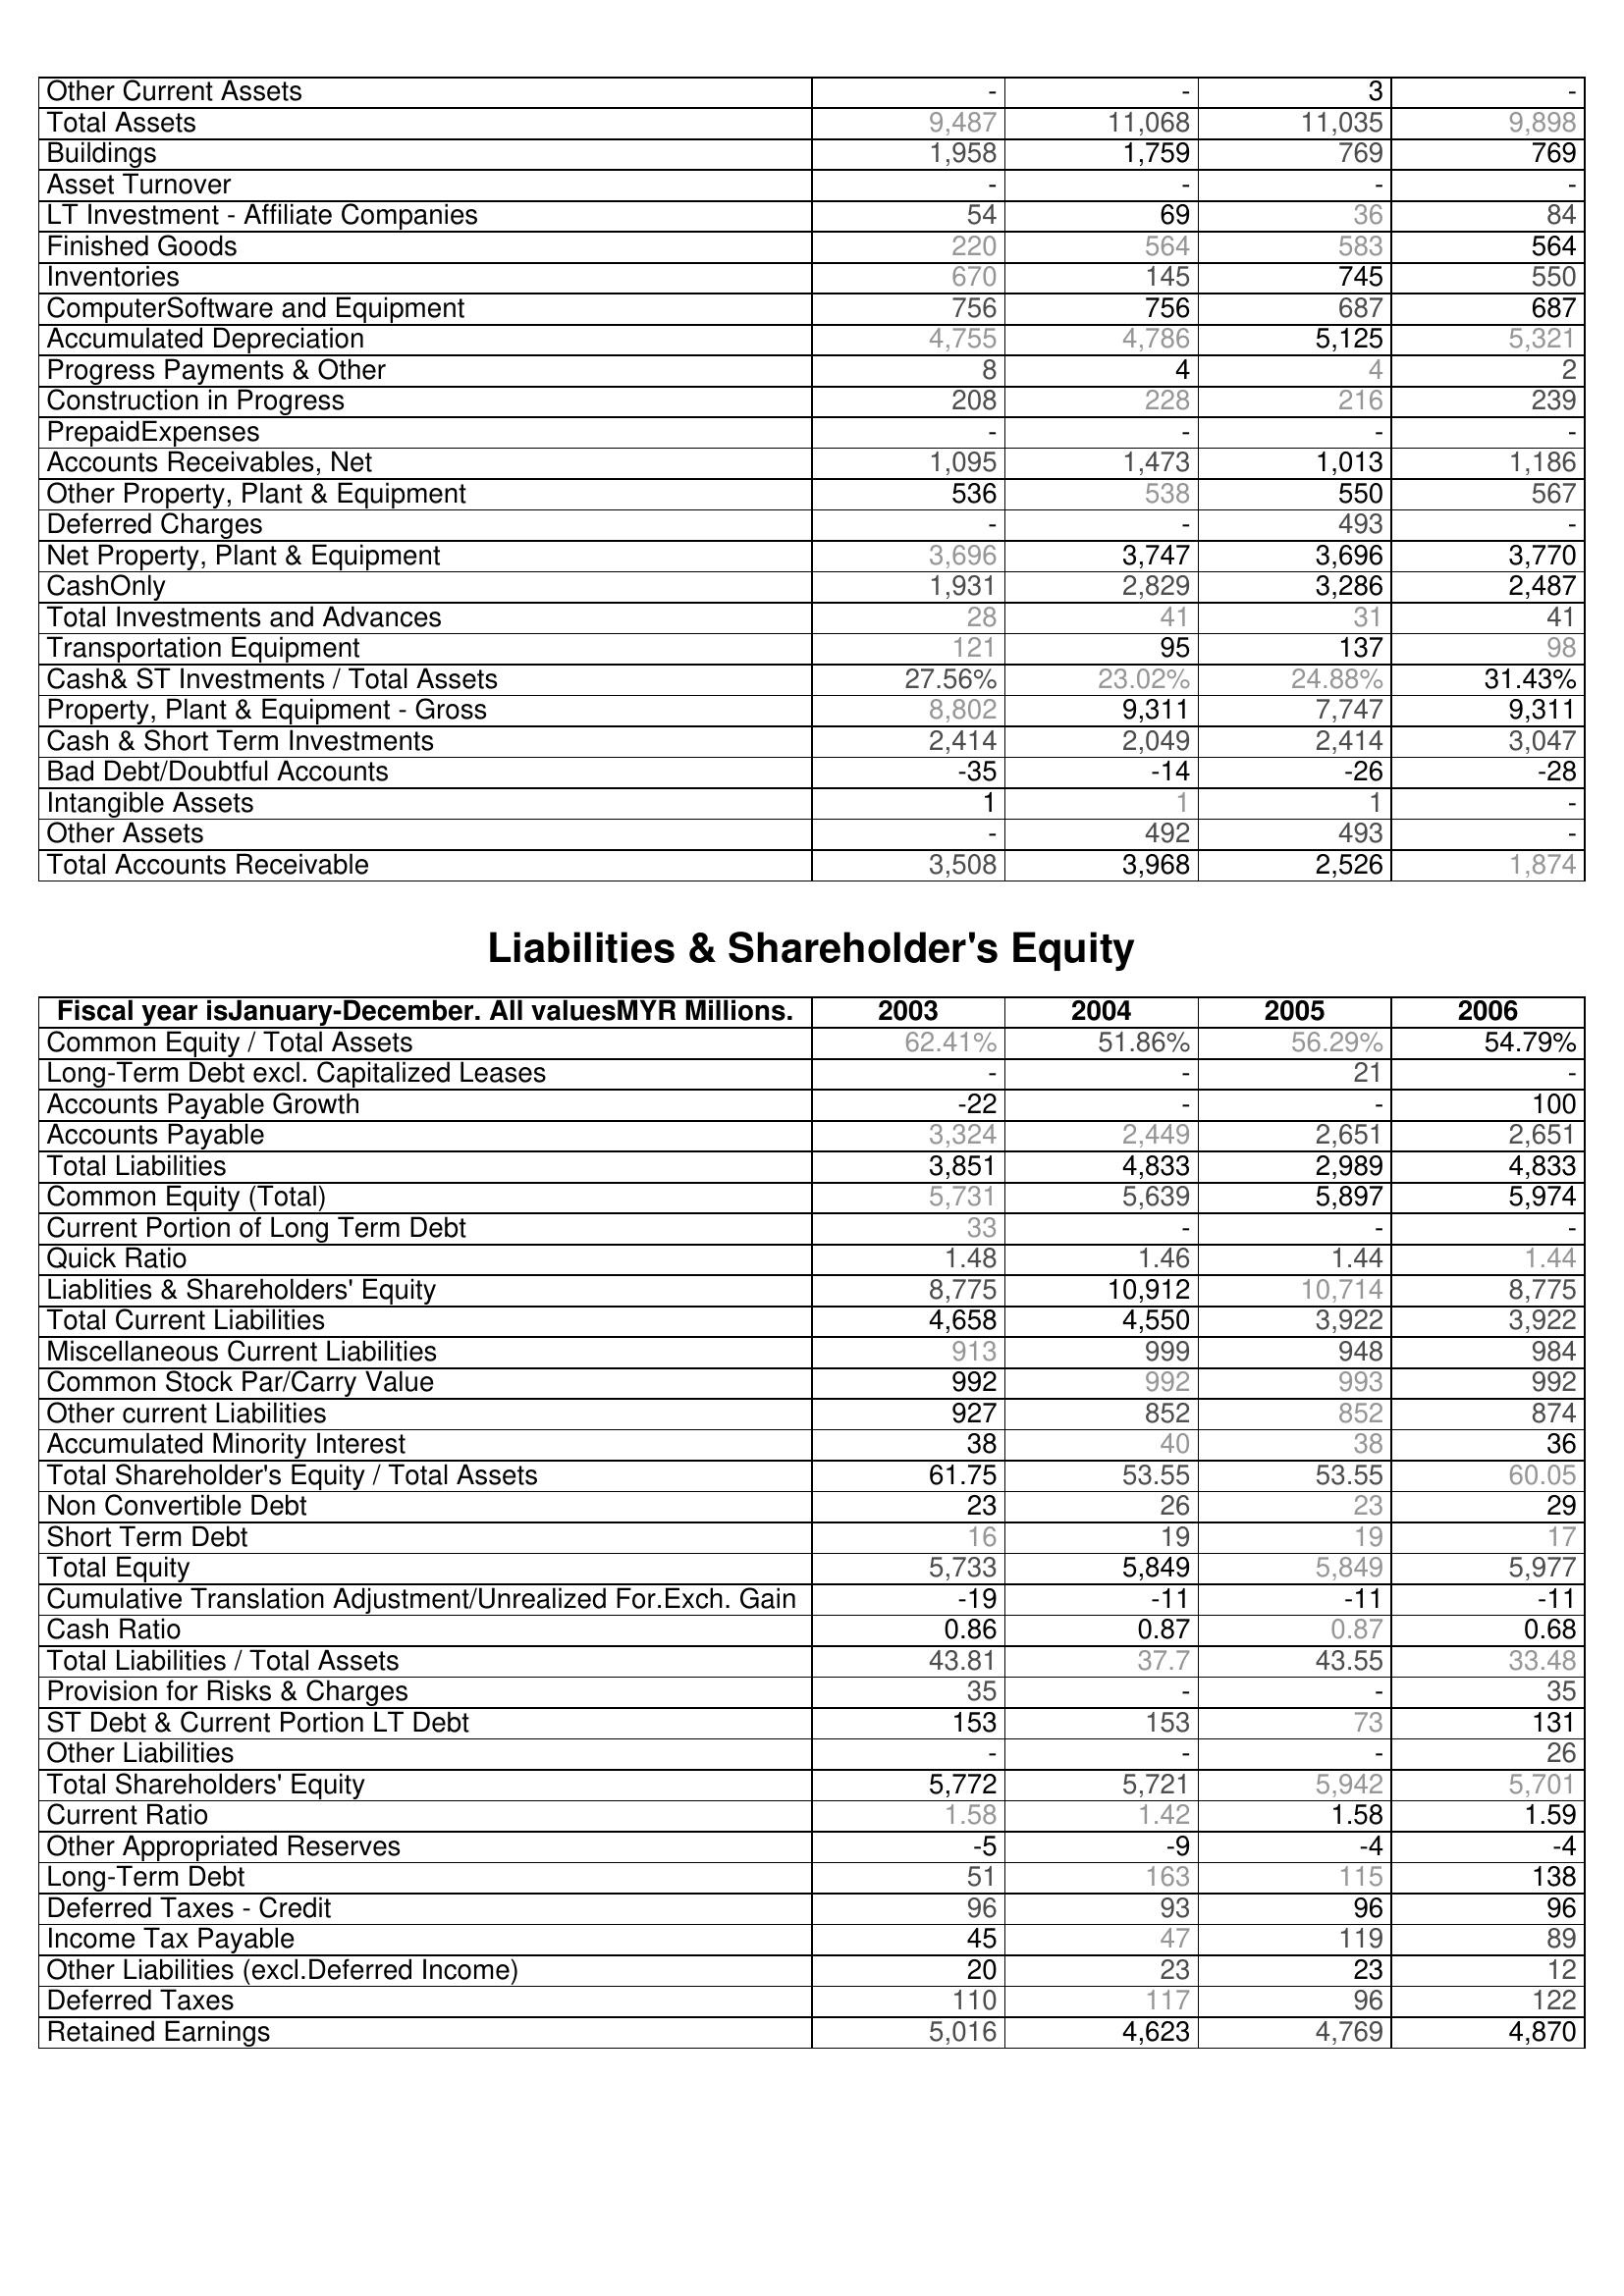
2003: Assets: Other Current Assets: -
Total Assets: 9,487
Buildings: 1,958
Asset Turnover: -
LT Investment - Affiliate Companies: 54
Finished Goods: 220
Inventories: 670
ComputerSoftware and Equipment: 756
Accumulated Depreciation: 4,755
Progress Payments & Other: 8
Construction in Progress: 208
PrepaidExpenses: -
Accounts Receivables, Net: 1,095
Other Property, Plant & Equipment: 536
Deferred Charges: -
Net Property, Plant & Equipment: 3,696
CashOnly: 1,931
Total Investments and Advances: 28
Transportation Equipment: 121
Cash& ST Investments / Total Assets: 27.56%
Property, Plant & Equipment - Gross : 8,802
Cash & Short Term Investments: 2,414
Bad Debt/Doubtful Accounts: -35
Intangible Assets: 1
Other Assets: -
Total Accounts Receivable: 3,508
Liabilities & Shareholder's Equity: Common Equity / Total Assets: 62.41%
Long-Term Debt excl. Capitalized Leases: -
Accounts Payable Growth: -22
Accounts Payable: 3,324
Total Liabilities: 3,851
Common Equity (Total): 5,731
Current Portion of Long Term Debt: 33
Quick Ratio: 1.48
Liablities & Shareholders' Equity: 8,775
Total Current Liabilities: 4,658
Miscellaneous Current Liabilities: 913
Common Stock Par/Carry Value: 992
Other current Liabilities: 927
Accumulated Minority Interest: 38
Total Shareholder's Equity / Total Assets: 61.75
Non Convertible Debt: 23
Short Term Debt: 16
Total Equity: 5,733
Cumulative Translation Adjustment/Unrealized For.Exch. Gain: -19
Cash Ratio: 0.86
Total Liabilities / Total Assets: 43.81
Provision for Risks & Charges: 35
ST Debt & Current Portion LT Debt: 153
Other Liabilities: -
Total Shareholders' Equity: 5,772
Current Ratio: 1.58
Other Appropriated Reserves: -5
Long-Term Debt: 51
Deferred Taxes - Credit: 96
Income Tax Payable: 45
Other Liabilities (excl.Deferred Income): 20
Deferred Taxes: 110
Retained Earnings: 5,016
2004: Assets: Other Current Assets: -
Total Assets: 11,068
Buildings: 1,759
Asset Turnover: -
LT Investment - Affiliate Companies: 69
Finished Goods: 564
Inventories: 145
ComputerSoftware and Equipment: 756
Accumulated Depreciation: 4,786
Progress Payments & Other: 4
Construction in Progress: 228
PrepaidExpenses: -
Accounts Receivables, Net: 1,473
Other Property, Plant & Equipment: 538
Deferred Charges: -
Net Property, Plant & Equipment: 3,747
CashOnly: 2,829
Total Investments and Advances: 41
Transportation Equipment: 95
Cash& ST Investments / Total Assets: 23.02%
Property, Plant & Equipment - Gross : 9,311
Cash & Short Term Investments: 2,049
Bad Debt/Doubtful Accounts: -14
Intangible Assets: 1
Other Assets: 492
Total Accounts Receivable: 3,968
Liabilities & Shareholder's Equity: Common Equity / Total Assets: 51.86%
Long-Term Debt excl. Capitalized Leases: -
Accounts Payable Growth: -
Accounts Payable: 2,449
Total Liabilities: 4,833
Common Equity (Total): 5,639
Current Portion of Long Term Debt: -
Quick Ratio: 1.46
Liablities & Shareholders' Equity: 10,912
Total Current Liabilities: 4,550
Miscellaneous Current Liabilities: 999
Common Stock Par/Carry Value: 992
Other current Liabilities: 852
Accumulated Minority Interest: 40
Total Shareholder's Equity / Total Assets: 53.55
Non Convertible Debt: 26
Short Term Debt: 19
Total Equity: 5,849
Cumulative Translation Adjustment/Unrealized For.Exch. Gain: -11
Cash Ratio: 0.87
Total Liabilities / Total Assets: 37.7
Provision for Risks & Charges: -
ST Debt & Current Portion LT Debt: 153
Other Liabilities: -
Total Shareholders' Equity: 5,721
Current Ratio: 1.42
Other Appropriated Reserves: -9
Long-Term Debt: 163
Deferred Taxes - Credit: 93
Income Tax Payable: 47
Other Liabilities (excl.Deferred Income): 23
Deferred Taxes: 117
Retained Earnings: 4,623
2005: Assets: Other Current Assets: 3
Total Assets: 11,035
Buildings: 769
Asset Turnover: -
LT Investment - Affiliate Companies: 36
Finished Goods: 583
Inventories: 745
ComputerSoftware and Equipment: 687
Accumulated Depreciation: 5,125
Progress Payments & Other: 4
Construction in Progress: 216
PrepaidExpenses: -
Accounts Receivables, Net: 1,013
Other Property, Plant & Equipment: 550
Deferred Charges: 493
Net Property, Plant & Equipment: 3,696
CashOnly: 3,286
Total Investments and Advances: 31
Transportation Equipment: 137
Cash& ST Investments / Total Assets: 24.88%
Property, Plant & Equipment - Gross : 7,747
Cash & Short Term Investments: 2,414
Bad Debt/Doubtful Accounts: -26
Intangible Assets: 1
Other Assets: 493
Total Accounts Receivable: 2,526
Liabilities & Shareholder's Equity: Common Equity / Total Assets: 56.29%
Long-Term Debt excl. Capitalized Leases: 21
Accounts Payable Growth: -
Accounts Payable: 2,651
Total Liabilities: 2,989
Common Equity (Total): 5,897
Current Portion of Long Term Debt: -
Quick Ratio: 1.44
Liablities & Shareholders' Equity: 10,714
Total Current Liabilities: 3,922
Miscellaneous Current Liabilities: 948
Common Stock Par/Carry Value: 993
Other current Liabilities: 852
Accumulated Minority Interest: 38
Total Shareholder's Equity / Total Assets: 53.55
Non Convertible Debt: 23
Short Term Debt: 19
Total Equity: 5,849
Cumulative Translation Adjustment/Unrealized For.Exch. Gain: -11
Cash Ratio: 0.87
Total Liabilities / Total Assets: 43.55
Provision for Risks & Charges: -
ST Debt & Current Portion LT Debt: 73
Other Liabilities: -
Total Shareholders' Equity: 5,942
Current Ratio: 1.58
Other Appropriated Reserves: -4
Long-Term Debt: 115
Deferred Taxes - Credit: 96
Income Tax Payable: 119
Other Liabilities (excl.Deferred Income): 23
Deferred Taxes: 96
Retained Earnings: 4,769
2006: Assets: Other Current Assets: -
Total Assets: 9,898
Buildings: 769
Asset Turnover: -
LT Investment - Affiliate Companies: 84
Finished Goods: 564
Inventories: 550
ComputerSoftware and Equipment: 687
Accumulated Depreciation: 5,321
Progress Payments & Other: 2
Construction in Progress: 239
PrepaidExpenses: -
Accounts Receivables, Net: 1,186
Other Property, Plant & Equipment: 567
Deferred Charges: -
Net Property, Plant & Equipment: 3,770
CashOnly: 2,487
Total Investments and Advances: 41
Transportation Equipment: 98
Cash& ST Investments / Total Assets: 31.43%
Property, Plant & Equipment - Gross : 9,311
Cash & Short Term Investments: 3,047
Bad Debt/Doubtful Accounts: -28
Intangible Assets: -
Other Assets: -
Total Accounts Receivable: 1,874
Liabilities & Shareholder's Equity: Common Equity / Total Assets: 54.79%
Long-Term Debt excl. Capitalized Leases: -
Accounts Payable Growth: 100
Accounts Payable: 2,651
Total Liabilities: 4,833
Common Equity (Total): 5,974
Current Portion of Long Term Debt: -
Quick Ratio: 1.44
Liablities & Shareholders' Equity: 8,775
Total Current Liabilities: 3,922
Miscellaneous Current Liabilities: 984
Common Stock Par/Carry Value: 992
Other current Liabilities: 874
Accumulated Minority Interest: 36
Total Shareholder's Equity / Total Assets: 60.05
Non Convertible Debt: 29
Short Term Debt: 17
Total Equity: 5,977
Cumulative Translation Adjustment/Unrealized For.Exch. Gain: -11
Cash Ratio: 0.68
Total Liabilities / Total Assets: 33.48
Provision for Risks & Charges: 35
ST Debt & Current Portion LT Debt: 131
Other Liabilities: 26
Total Shareholders' Equity: 5,701
Current Ratio: 1.59
Other Appropriated Reserves: -4
Long-Term Debt: 138
Deferred Taxes - Credit: 96
Income Tax Payable: 89
Other Liabilities (excl.Deferred Income): 12
Deferred Taxes: 122
Retained Earnings: 4,870